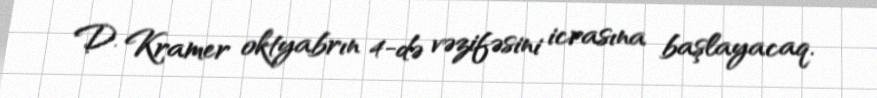
D. Kramer oktyabrın 4-də vəzifəsini icrasına başlayacaq.